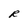
Character: R